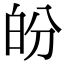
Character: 𤽉